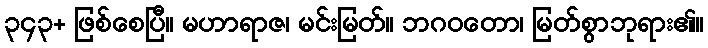
၃၄၃+ ဖြစ်စေပြီ။ မဟာရာဇ၊ မင်းမြတ်။ ဘဂဝတော၊ မြတ်စွာဘုရား၏။